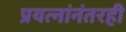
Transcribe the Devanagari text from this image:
प्रयत्नांनंतरही